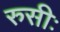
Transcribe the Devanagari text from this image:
रुसीः